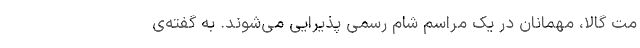
مت گالا، مهمانان در یک مراسم شام رسمی پذیرایی می‌شوند. به گفته‌ی